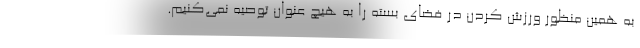
به همین منظور ورزش کردن در فضای بسته را به هیچ عنوان توصیه نمی‌کنیم.